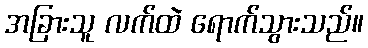
အခြားသူ လက်ထဲ ရောက်သွားသည်။